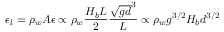
\epsilon _ { l } = \rho _ { w } A \epsilon \propto \rho _ { w } \frac { H _ { b } L } { 2 } \frac { \sqrt { g d } ^ { 3 } } { L } \propto \rho _ { w } g ^ { 3 / 2 } H _ { b } d ^ { 3 / 2 }